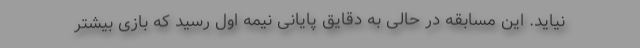
نیاید. این مسابقه در حالی به دقایق پایانی نیمه اول رسید که بازی بیشتر